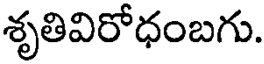
శృతివిరోధంబగు.